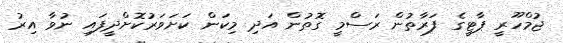
ޖުމްހޫރީ ޕާޓީގެ ފަރާތުން ރަސްމީ ގޮތުން އަދި މިކަން ކަށަވަރުކޮށްދީފައި ނުވާ އިރު